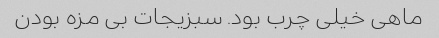
ماهی خیلی چرب بود. سبزیجات بی مزه بودن